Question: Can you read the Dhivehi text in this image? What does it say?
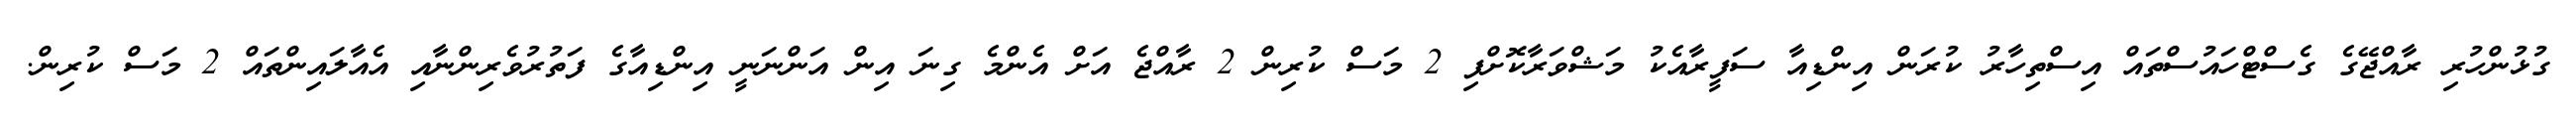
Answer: ގުޅުންހުރި ރާއްޖޭގެ ގެސްޓްހައުސްތައް އިސްތިހާރު ކުރަން އިންޑިއާ ސަފީރާއެކު މަޝްވަރާކޮށްފި 2 މަސް ކުރިން 2 ރާއްޖެ އަށް އެންމެ ގިނަ އިން އަންނަނީ އިންޑިއާގެ ފަތުރުވެރިންނާއި އެއާލައިންތައް 2 މަސް ކުރިން.